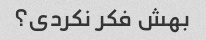
بهش فکر نکردی؟